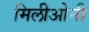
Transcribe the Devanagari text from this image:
मिलीओनी